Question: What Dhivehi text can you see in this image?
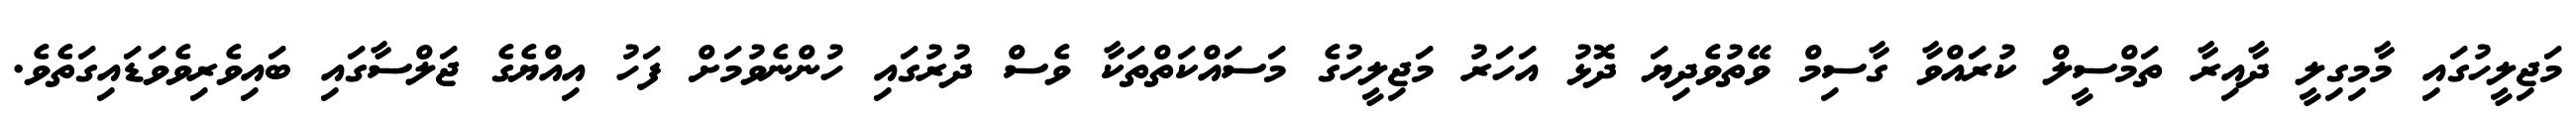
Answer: މަޖިލީހުގައި މާމިގިލީ ދާއިރާ ތަމްސީލް ކުރައްވާ ގާސިމް ވޭތުވެދިޔަ ދޮޅު އަހަރު މަޖިލީހުގެ މަސައްކަތްތަކާ ވެސް ދުރުގައި ހުންނެވުމަށް ފަހު އިއްޔެގެ ޖަލްސާގައި ބައިވެރިވެވަޑައިގަތެވެ.